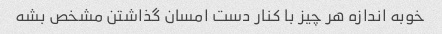
خوبه اندازه هر چیز با کنار دست امسان گذاشتن مشخص بشه